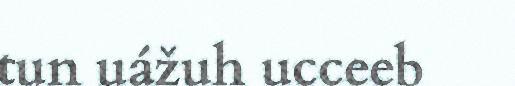
tun uážuh ucceeb